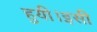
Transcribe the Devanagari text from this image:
हुयी।इसी